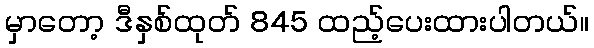
မှာတော့ ဒီနှစ်ထုတ် 845 ထည့်ပေးထားပါတယ်။